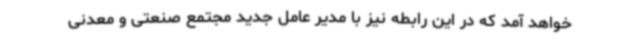
خواهد آمد که در این رابطه نیز با مدیر عامل جدید مجتمع صنعتی و معدنی